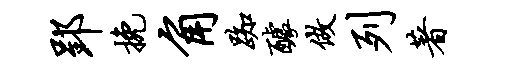
郢挽角踟醵做列著